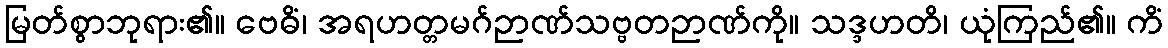
မြတ်စွာဘုရား၏။ ဗေဓိံ၊ အရဟတ္တမဂ်ဉာဏ်သဗ္ဗတဉာဏ်ကို။ သဒ္ဒဟတိ၊ ယုံကြည်၏။ ကိံ